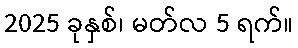
2025 ခုနှစ်၊ မတ်လ 5 ရက်။